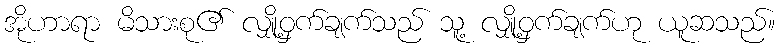
အိုဟာရာ မိသားစု၏ လျှို့ဝှက်ချက်သည် သူ့ လျှို့ဝှက်ချက်ဟု ယူဆသည်။